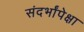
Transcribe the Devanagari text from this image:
संदर्भांपेक्षा